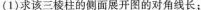
(1)求该三棱柱的侧面展开图的对角线长；